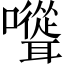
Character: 𡄭